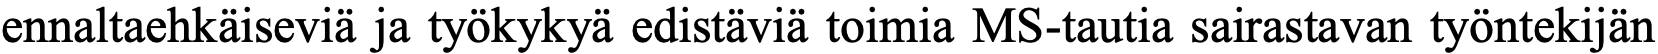
ennaltaehkäiseviä ja työkykyä edistäviä toimia MS-tautia sairastavan työntekijän